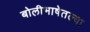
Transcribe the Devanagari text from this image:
बोलीभाषेतल्या